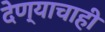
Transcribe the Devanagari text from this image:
देण्याचाही